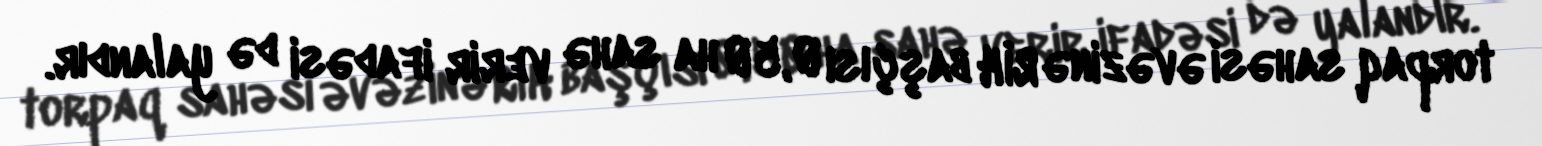
torpaq sahəsi əvəzinə RİH başçısı 0,50 ha sahə verir ifadəsi də yalandır.